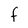
Character: F